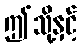
ဤသို့နှင့်